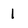
Character: 1